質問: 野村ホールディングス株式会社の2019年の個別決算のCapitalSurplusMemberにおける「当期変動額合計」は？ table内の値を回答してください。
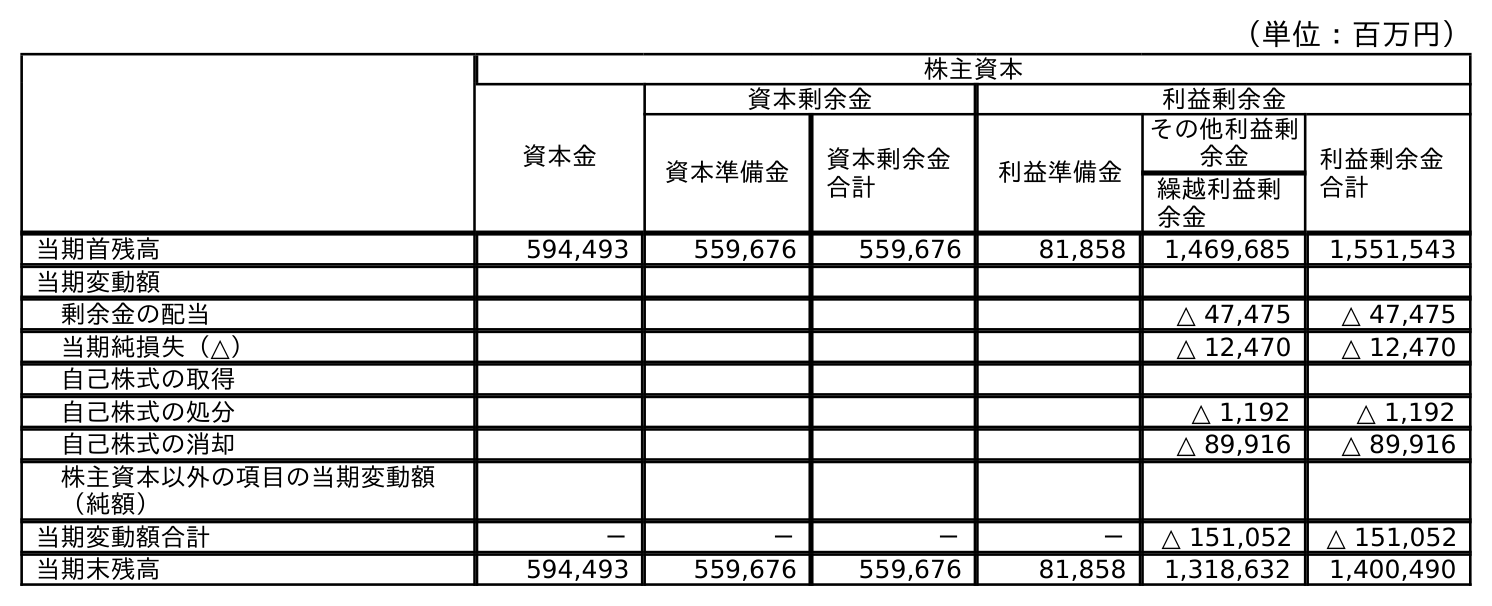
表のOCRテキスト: （単位：百万円） 株主資本 資本金 資本剰余金 利益剰余金 資本準備金 資本剰余金 合計 利益準備金 その他利益剰 余金 利益剰余金 合計 繰越利益剰 余金 当期首残高 594,493 559,676 559,676 81,858 1,469,685 1,551,543 当期変動額 剰余金の配当 △ 47,475 △ 47,475 当期純損失（△） △ 12,470 △ 12,470 自己株式の取得 自己株式の処分 △ 1,192 △ 1,192 自己株式の消却 △ 89,916 △ 89,916 株主資本以外の項目の当期変動額 （純額） 当期変動額合計 － － － － △ 151,052 △ 151,052 当期末残高 594,493 559,676 559,676 81,858 1,318,632 1,400,490
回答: －